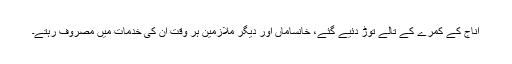
اناج کے کمرے کے تالے توڑ دئیے گئے، خانساماں اور دیگر ملازمین ہر وقت ان کی خدمات میں مصروف رہتے۔